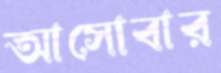
আসোবার